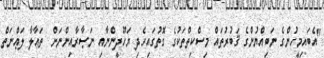
"އެބައިމީހުންގެ ނަބިއްޔުންގެ ޤަބުރުތައް މިސްކިތްތަކުގެ ގޮތުގައިހެދި ޔަހޫދީންނާއި ނަޞާރާއިންނަށް  ތަޢާލާ ލަޢްނަތް